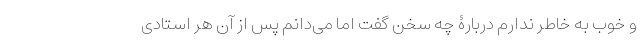
و خوب به خاطر ندارم دربارۀ چه سخن گفت اما می‌دانم پس از آن هر استادی